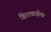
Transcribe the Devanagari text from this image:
हिराबाईला